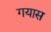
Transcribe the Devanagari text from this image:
गयास